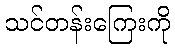
သင်တန်းကြေးကို